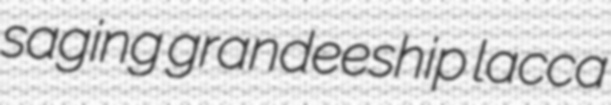
saging grandeeship lacca